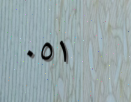
٠٥١